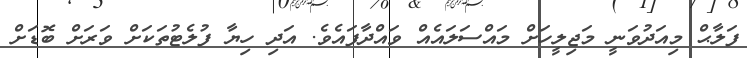
ފަލާޙް މިއަދުވަނީ މަޖިލީހަށް މައްސަލައެއް ވައްދާފައެވެ. އަދި ހިޔާ ފުލެޓުތަކަށް ވަރަށް ބޮޑަށް